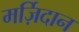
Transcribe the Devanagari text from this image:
मर्ज़िदान